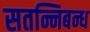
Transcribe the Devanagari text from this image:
सतन्निबन्ध